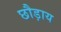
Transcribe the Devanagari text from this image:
छौड़ाय